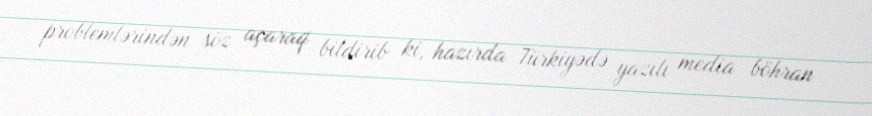
problemlərindən söz açaraq bildirib ki, hazırda Türkiyədə yazılı media böhran